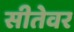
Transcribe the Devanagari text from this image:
सीतेवर